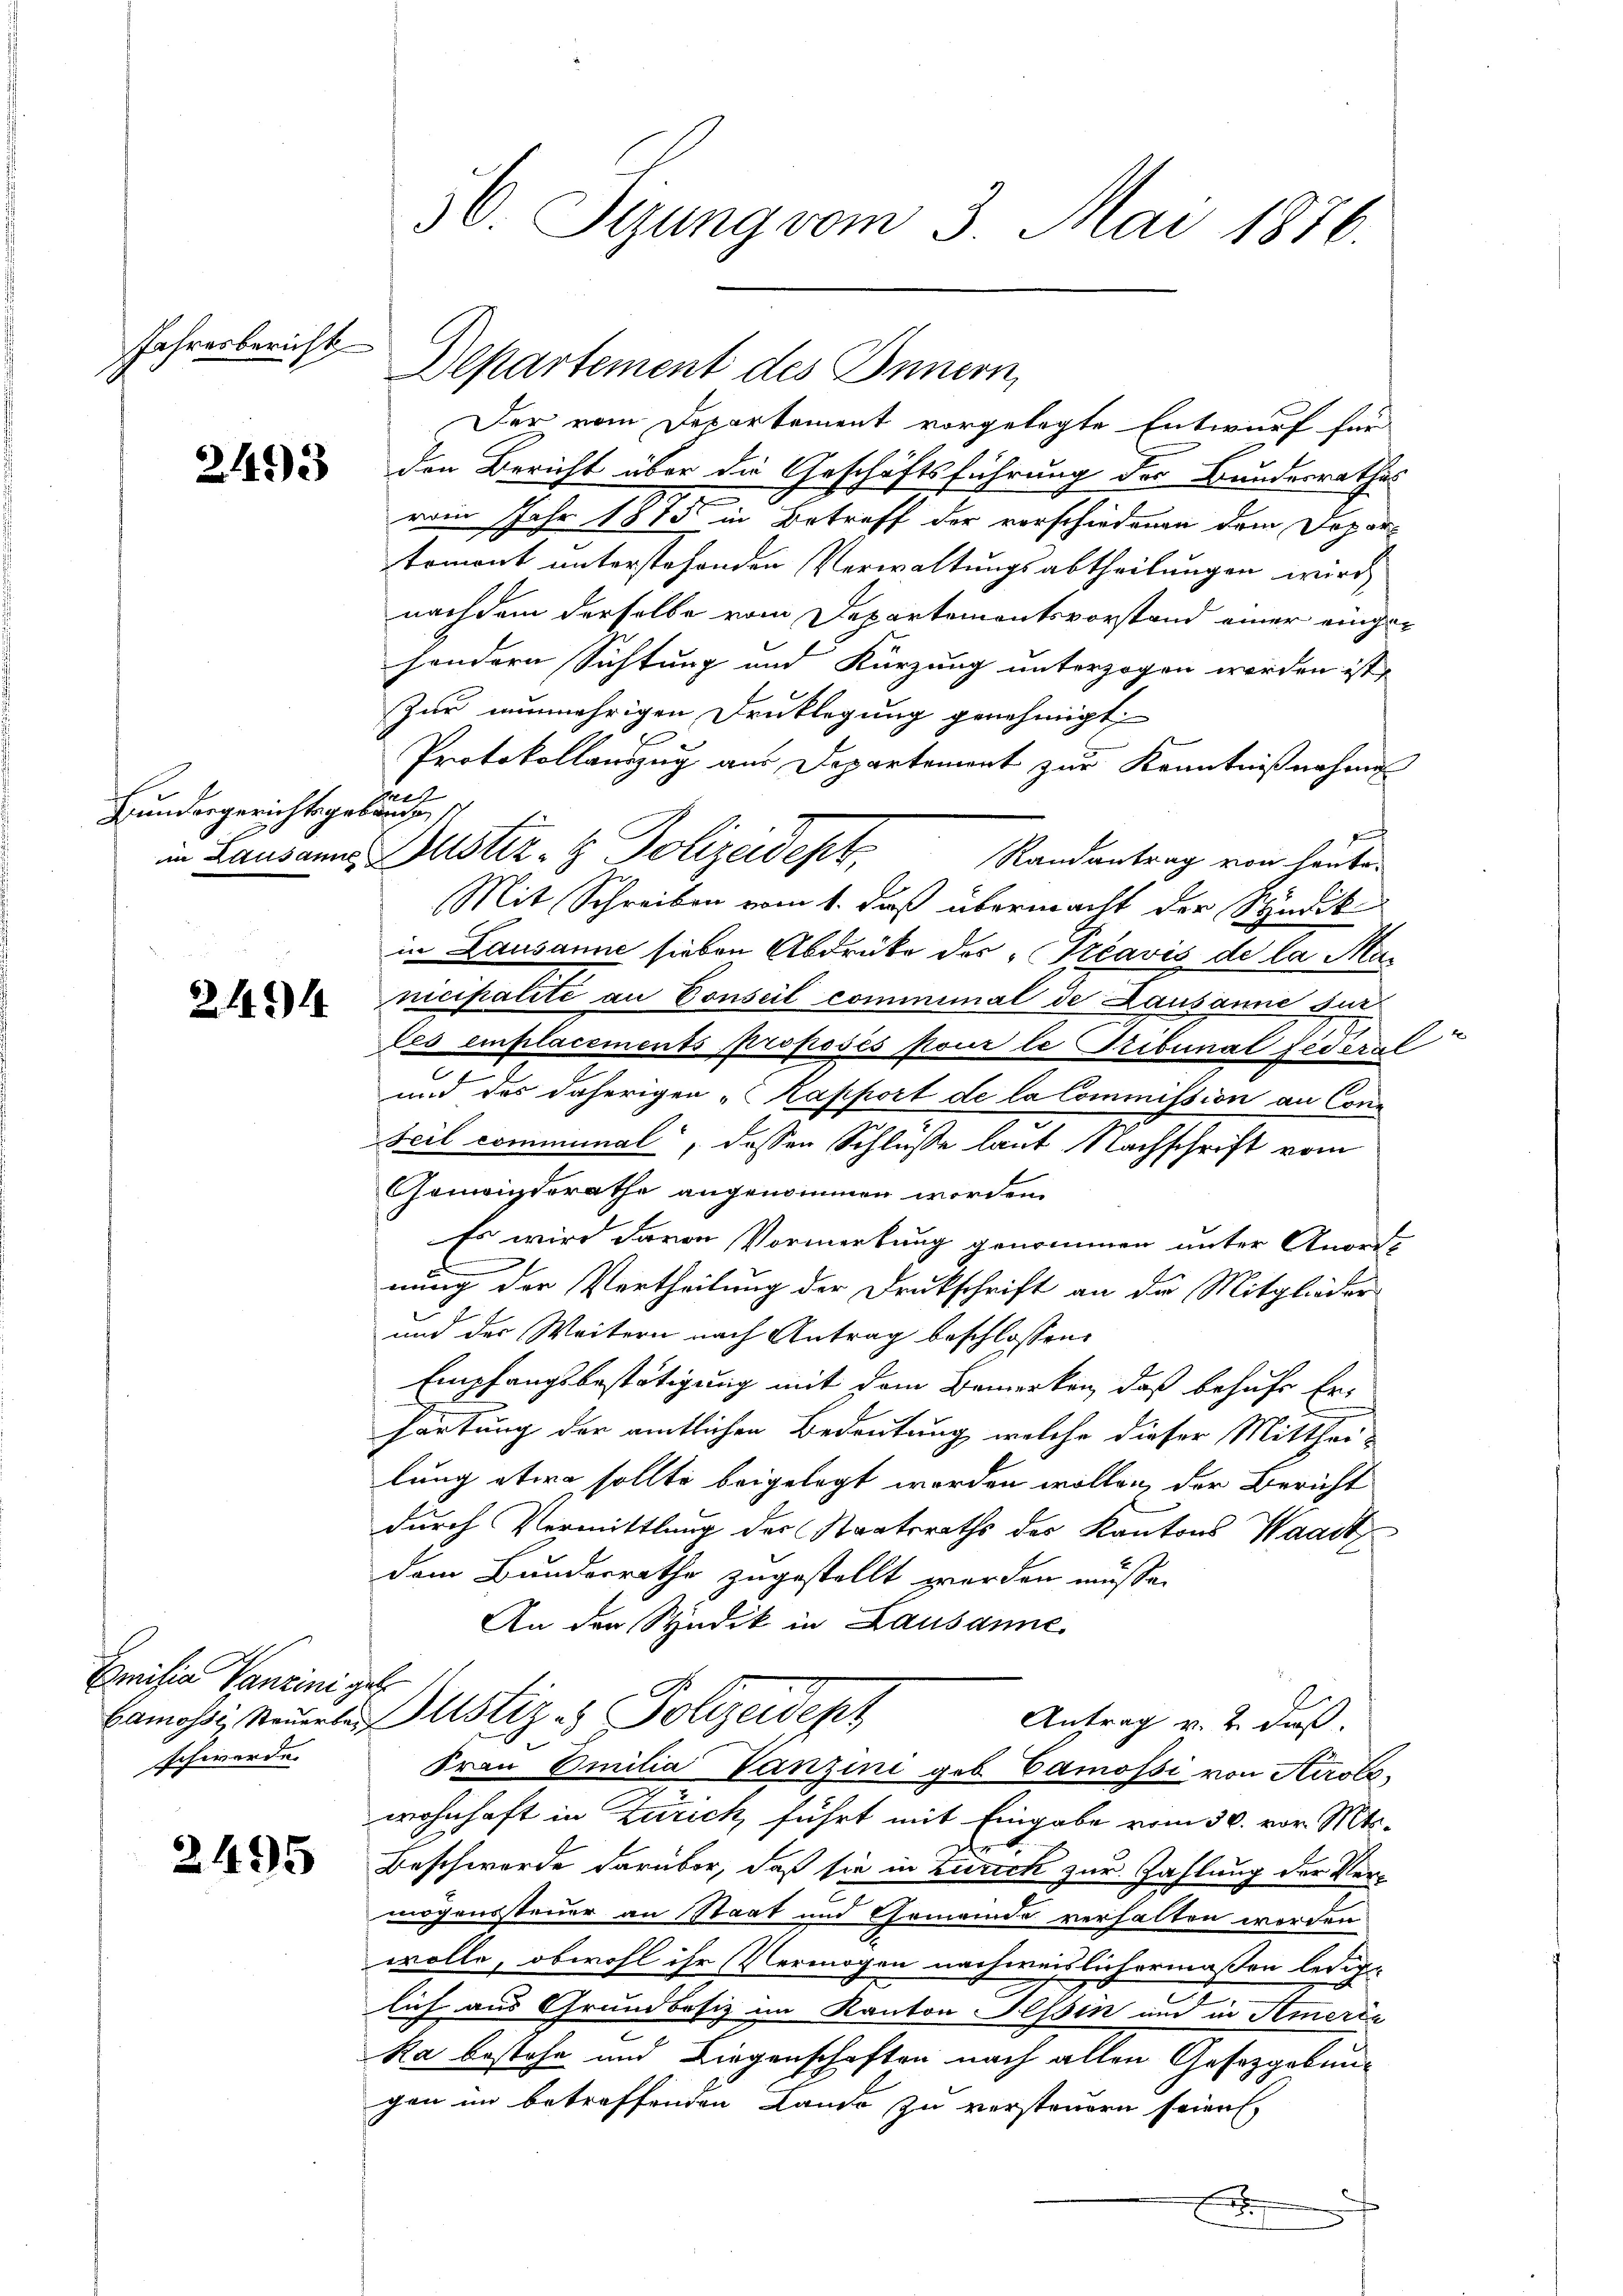
Jahresbericht

2492

Bundesgerichtsgebe
in Lausanne

21).

Emilia Vanzini g
Gamossi, Steuerber
schwerde.

2495

56. Sizung vom 3. Mai 1876.

Departement des Innern,

ne,

Der vom Departement vorgelegte Entwurf für
den Bericht über die Geschäftsführung der Bundesrathes
vom Jahr 1815 in Betreff der vorschiedenen dem Departemont unterstehenden Verwaltungsabtheilungen wird
nachdem derselbe vom Departementsvorstand einer eingesondern Sichtung und Kürzung unterzogen worden ist,
Zur nunmehrigen Druklegung genehmigt,
Protokollauszug aus Departement zur Kenntnißnahme
und
Randantrag von heute.
Mit Schreiben vom 1. daß übermacht der Syndik
in Lausanne sieben Abdrüke des „Tréavis de la Manicipalité an Conseil commimal de Lausanne sur
les emplacements proposés pour le Tribunal fédéral
und das daherigen „Kapport de la Commission an Conc
Teil communal, dessen Schlüsse laut Nachschrift vom
Gemeindsrathe angenommen worden.
Es wird davon Vormerkung genommen unter Anordl
nung der Vertheilung der Drukschrift an die Mitglieder
und der Weitern nach Antrag beschlossen:
Empfangsbestätigung mit dem Bemerken, daß behufs Er-
Hartung der amtlichen Bedeutung, welche dieser Mitthei-
lung etwa sollte beigelegt worden wollen, der Bericht
durch Vermittlung der Staatsraths des Kantons Waadt
dem Bundesrathe zugestellt worden müsse.
An den Syndik in Lausanne
b
Justiz - Polizeidept
Antrag v. 2. daß.
Frau Emilia Vanzini geb. Camossi von Airolowohnhaft in Zürich führt mit Eingabe vom 30. vor. Mts.
Er
Beschwerde darüber, daß sie in Zürich zur Zahlung der Vermögenssteuer an Staat und Gemeinde verhalten werden
wolle, obwohl ihr Vermögen nachweislichermaßen ledig-
lich aus Grundbesiz im Kanton Tessin und in Amerie
ka bestehe und Liegenschaften nach allen Gesetzgebung
gen im betreffenden Lando zu versteuern seien
f

Duster- & Polizeidept